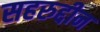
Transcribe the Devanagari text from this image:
सहरुद्दीन